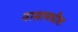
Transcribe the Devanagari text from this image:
नासामधील